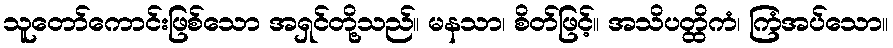
သူတော်ကောင်းဖြစ်သော အရှင်တို့သည်။ မနသာ၊ စိတ်ဖြင့်။ အသိပတ္ထိကံ၊ ကြံအပ်သော။